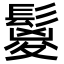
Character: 鬉